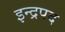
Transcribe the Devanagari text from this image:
इन्द्रपद